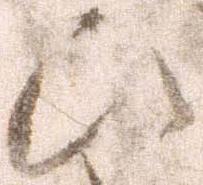
ひ